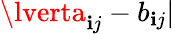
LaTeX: \lverta_{\mathbf{i}j}-b_{\mathbf{i}j}\rvert